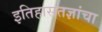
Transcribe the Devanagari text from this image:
इतिहासतज्ञांचा